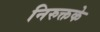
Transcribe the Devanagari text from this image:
निरुक्तके